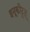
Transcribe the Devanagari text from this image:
इनूकीटूत्